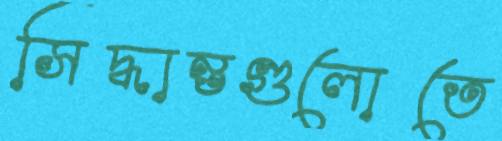
সিদ্ধান্তগুলোতে